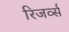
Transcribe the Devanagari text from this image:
रिजर्व्स